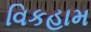
વિકહામ